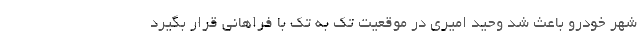
شهر خودرو باعث شد وحید امیری در موقعیت تک به تک با فراهانی قرار بگیرد